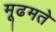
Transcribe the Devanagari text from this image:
मूढमते